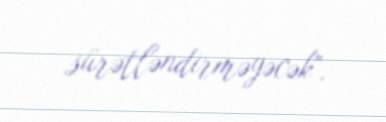
sürətləndirməyəcək".